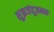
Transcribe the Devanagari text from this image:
शुक्रजंतूजनक